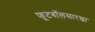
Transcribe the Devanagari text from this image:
फूटबॉलसारखा